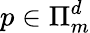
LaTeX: p\in\Pi_{m}^{d}